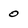
Character: 0